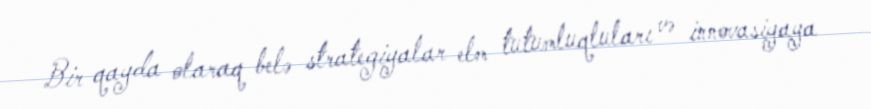
Bir qayda olaraq belə strategiyalar elm tutumluqluları və innovasiyaya